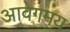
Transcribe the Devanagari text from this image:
आवेगमय